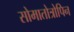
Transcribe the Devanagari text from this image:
सोमातोत्रोपिन